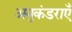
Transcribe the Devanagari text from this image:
अनुकंडराएँ